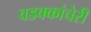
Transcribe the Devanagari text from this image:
वडक्कांचेरी